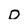
Character: D